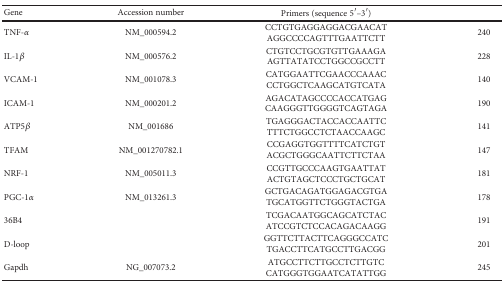
<table><thead><tr><td><b>Gene</b></td><td><b>Accession number</b></td><td><b>Primers (sequence 5′–3′)</b></td><td>[EMPTY_CELL]</td></tr></thead><tbody><tr><td>TNF-<i>α</i></td><td>NM_000594.2</td><td>CCTGTGAGGAGGACGAACATAGGCCCCAGTTTGAATTCTT</td><td>240</td></tr><tr><td>IL-1<i>β</i></td><td>NM_000576.2</td><td>CTGTCCTGCGTGTTGAAAGAAGTTATATCCTGGCCGCCTT</td><td>228</td></tr><tr><td>VCAM-1</td><td>NM_001078.3</td><td>CATGGAATTCGAACCCAAACCCTGGCTCAAGCATGTCATA</td><td>140</td></tr><tr><td>ICAM-1</td><td>NM_000201.2</td><td>AGACATAGCCCCACCATGAGCAAGGGTTGGGGTCAGTAGA</td><td>190</td></tr><tr><td>ATP5<i>β</i></td><td>NM_001686</td><td>TGAGGGACTACCACCAATTCTTTCTGGCCTCTAACCAAGC</td><td>141</td></tr><tr><td>TFAM</td><td>NM_001270782.1</td><td>CCGAGGTGGTTTTCATCTGTACGCTGGGCAATTCTTCTAA</td><td>147</td></tr><tr><td>NRF-1</td><td>NM_005011.3</td><td>CCGTTGCCCAAGTGAATTATACTGTAGCTCCCTGCTGCAT</td><td>181</td></tr><tr><td>PGC-1<i>α</i></td><td>NM_013261.3</td><td>GCTGACAGATGGAGACGTGATGCATGGTTCTGGGTACTGA</td><td>178</td></tr><tr><td>36B4</td><td>[EMPTY_CELL]</td><td>TCGACAATGGCAGCATCTACATCCGTCTCCACAGACAAGG</td><td>191</td></tr><tr><td>D-loop</td><td>[EMPTY_CELL]</td><td>GGTTCTTACTTCAGGGCCATCTGACCTTCATGCCTTGACGG</td><td>201</td></tr><tr><td>Gapdh</td><td>NG_007073.2</td><td>ATGCCTTCTTGCCTCTTGTCCATGGGTGGAATCATATTGG</td><td>245</td></tr></tbody></table>